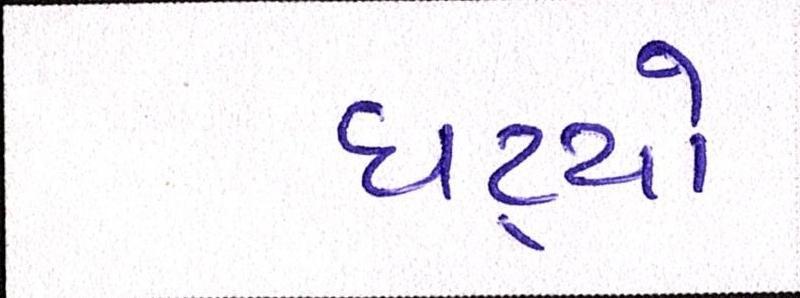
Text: ઘટ્યો